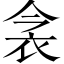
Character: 衾